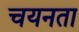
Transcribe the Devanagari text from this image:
चयनता